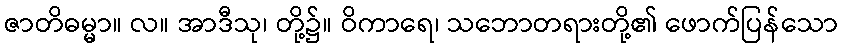
ဇာတိဓမ္မာ။ လ။ အာဒီသု၊ တို့၌။ ဝိကာရေ၊ သဘောတရားတို့၏ ဖောက်ပြန်သော